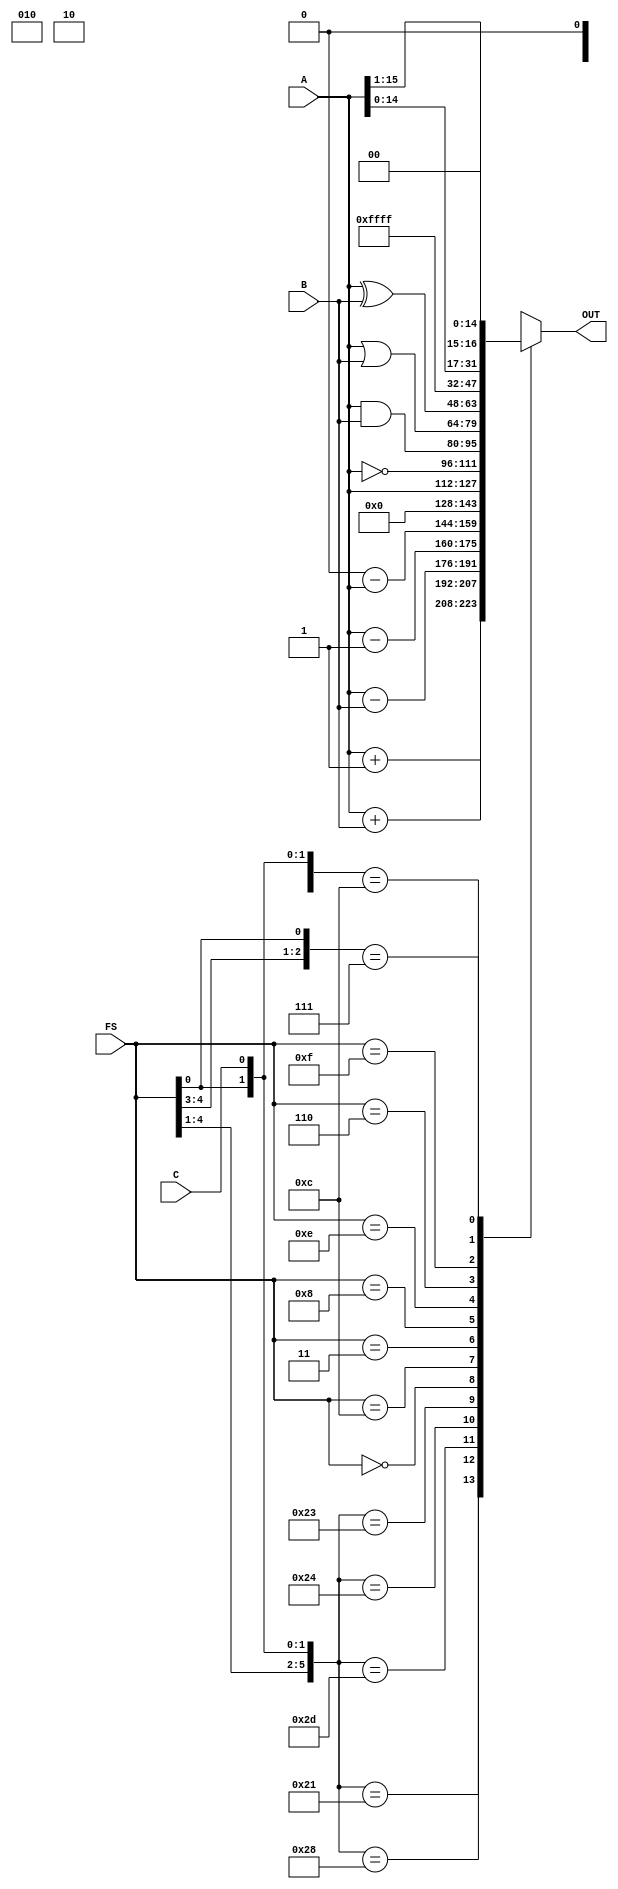
module ALU (A, B, FS, C, OUT);
	
	input [15:0] A, B;
	input [4:0] FS;
	input C;
	output reg [15:0] OUT;
	
	wire [5:0] functionSelect;
	
	assign functionSelect = {FS[4], FS[3], FS[2], FS[1], FS[0], C};
	
	always@(functionSelect)
  	 begin
		 casex (functionSelect) 
		 //Arithmetic
		  6'b100001: OUT <= A + 16'b1;  //increment
		  6'b101000: OUT <= A + B; //add A and B
		  6'b101101: OUT <= A - B; //subtract A and B
		  6'b100100: OUT <= A - 16'b1; //decrement
		  6'b100011: OUT <= 16'b0 - A; //-A
		  
		  //Logic
		  6'b00000x: OUT <= 16'b0000000000000000; //0
		  6'b01100x: OUT <= A; //A
		  6'b00011x: OUT <= ~A; //A NOT
		  6'b01000x: OUT <= A&B; //A AND B
		  6'b01110x: OUT <= A|B; //A OR B
		  6'b00110x: OUT <= A^B; //A NOR B
		  6'b01111x: OUT <= 16'b1111111111111111; //1
		  
		  //Shift
		  6'b11xx00: OUT <= A<<1; //Shift Left
		  6'b11xx1x: OUT <= A>>1; //Shift Right
		  
		  default: OUT <= 16'b10x010x010x010x0;
		endcase
  	 end
	
endmodule